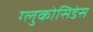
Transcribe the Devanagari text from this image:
ग्लुकोसिडेस